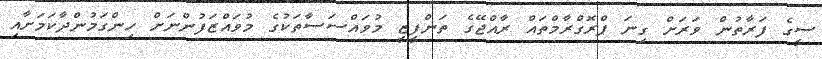
ސީގެ ފަރާތުން ވަރަށް ގިނަ ޕްރޮގްރާމްތައް ރާއްޖޭގެ ތަންފީޒީ މުވައްސަސާތަކުގެ މުވައްޒަފުންނަށް ހިންގަމުންދާކަމަށާއި